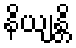
နိယျန္တိ